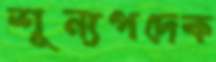
শূন্যপদেক